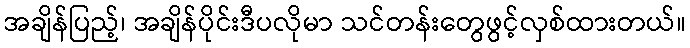
အချိန်ပြည့်၊ အချိန်ပိုင်းဒီပလိုမာ သင်တန်းတွေဖွင့်လှစ်ထားတယ်။